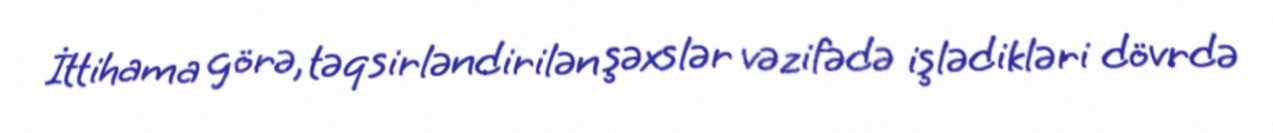
İttihama görə, təqsirləndirilən şəxslər vəzifədə işlədikləri dövrdə